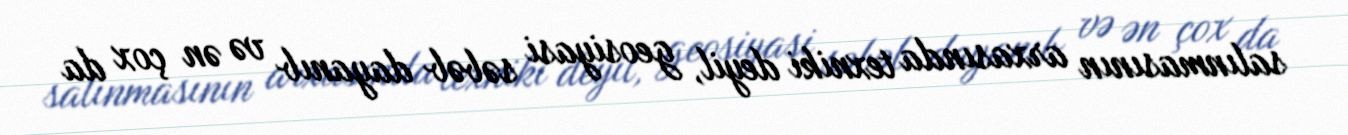
salınmasının arxasında texniki deyil, geosiyasi səbəb dayanıb və ən çox da